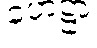
ဟေဋ္ဌာ